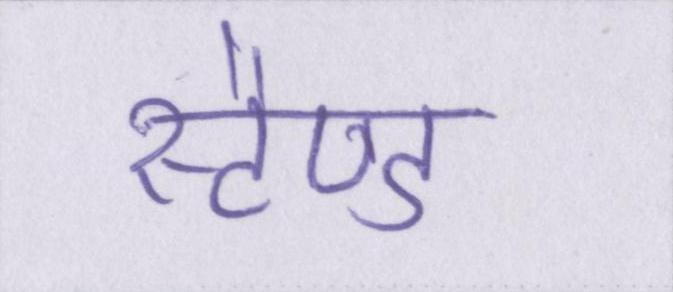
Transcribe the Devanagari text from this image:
स्टैण्ड